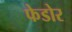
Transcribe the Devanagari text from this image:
फेडोर